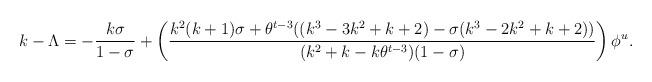
LaTeX: \begin{align*}k-\Lambda=-\frac{k\sigma}{1-\sigma}+\left( \frac{k^2(k+1)\sigma +\theta^{t-3}((k^3-3k^2+k+2)-\sigma(k^3-2k^2+k+2))}{(k^2+k-k\theta^{t-3})(1-\sigma)}\right) \phi^u.\end{align*}